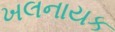
ખલનાયક